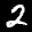
Label: 2